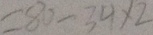
= 8 0 - 3 4 \times 2